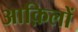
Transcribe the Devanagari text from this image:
आक़िलों